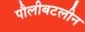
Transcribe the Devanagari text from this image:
पौलीबटलीन